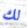
لك